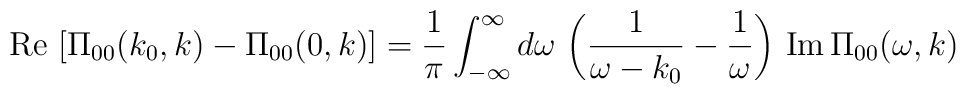
{\rm Re}\,\left[\Pi_{00} (k_{0},k) - \Pi_{00} (0,k)\right] = {1\over\pi} \int_{-\infty}^{\infty} d\omega\,\left({1\over \omega - k_{0}} -{1\over \omega}\right)\,{\rm Im}\,\Pi_{00}(\omega, k)